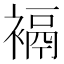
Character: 䙐